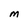
Character: m